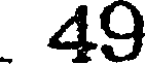
49